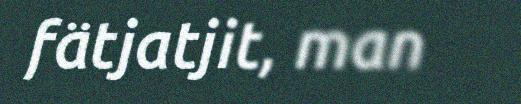
fätjatjit, man